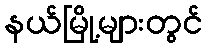
နယ်မြို့များတွင်